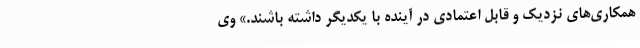
همکاری‌های نزدیک و قابل اعتمادی در آینده با یکدیگر داشته باشند.» وی